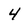
Character: 4